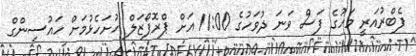
ފެބްރުއަރީ މަހުގެ ފަސް ވަނަ ދުވަހުގެ 11:00 އަށް ޕްރޮޕޯޒަލް ހުށަހެޅުމަށް ހައުސިންގް